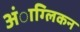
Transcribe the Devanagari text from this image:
अंाग्लिकन